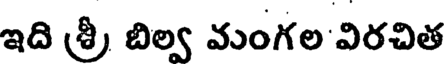
ఇది శ్రీ, బిల్వ మంగల విరచిత